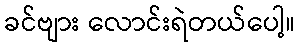
ခင်ဗျား လောင်းရဲတယ်ပေါ့။